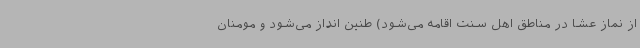
از نماز عشا در مناطق اهل سنت اقامه می‌شود) طنین انداز می‌شود و مومنان